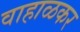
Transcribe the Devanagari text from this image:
वाहाळकर